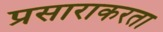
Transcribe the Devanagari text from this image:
प्रसाराकरता